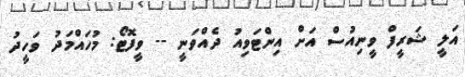
އަލީ ޝަރީފް ވީނިއުސް އަށް އިންޓަވިއު ދެއްވަނީ -- ވީފޮޓޯ: މުހައްމަދު ވަހީދު